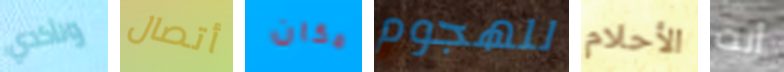
وتأكدي أتصال مكان للهجوم الأحلام أنت